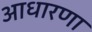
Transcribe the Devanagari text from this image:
आधारणा